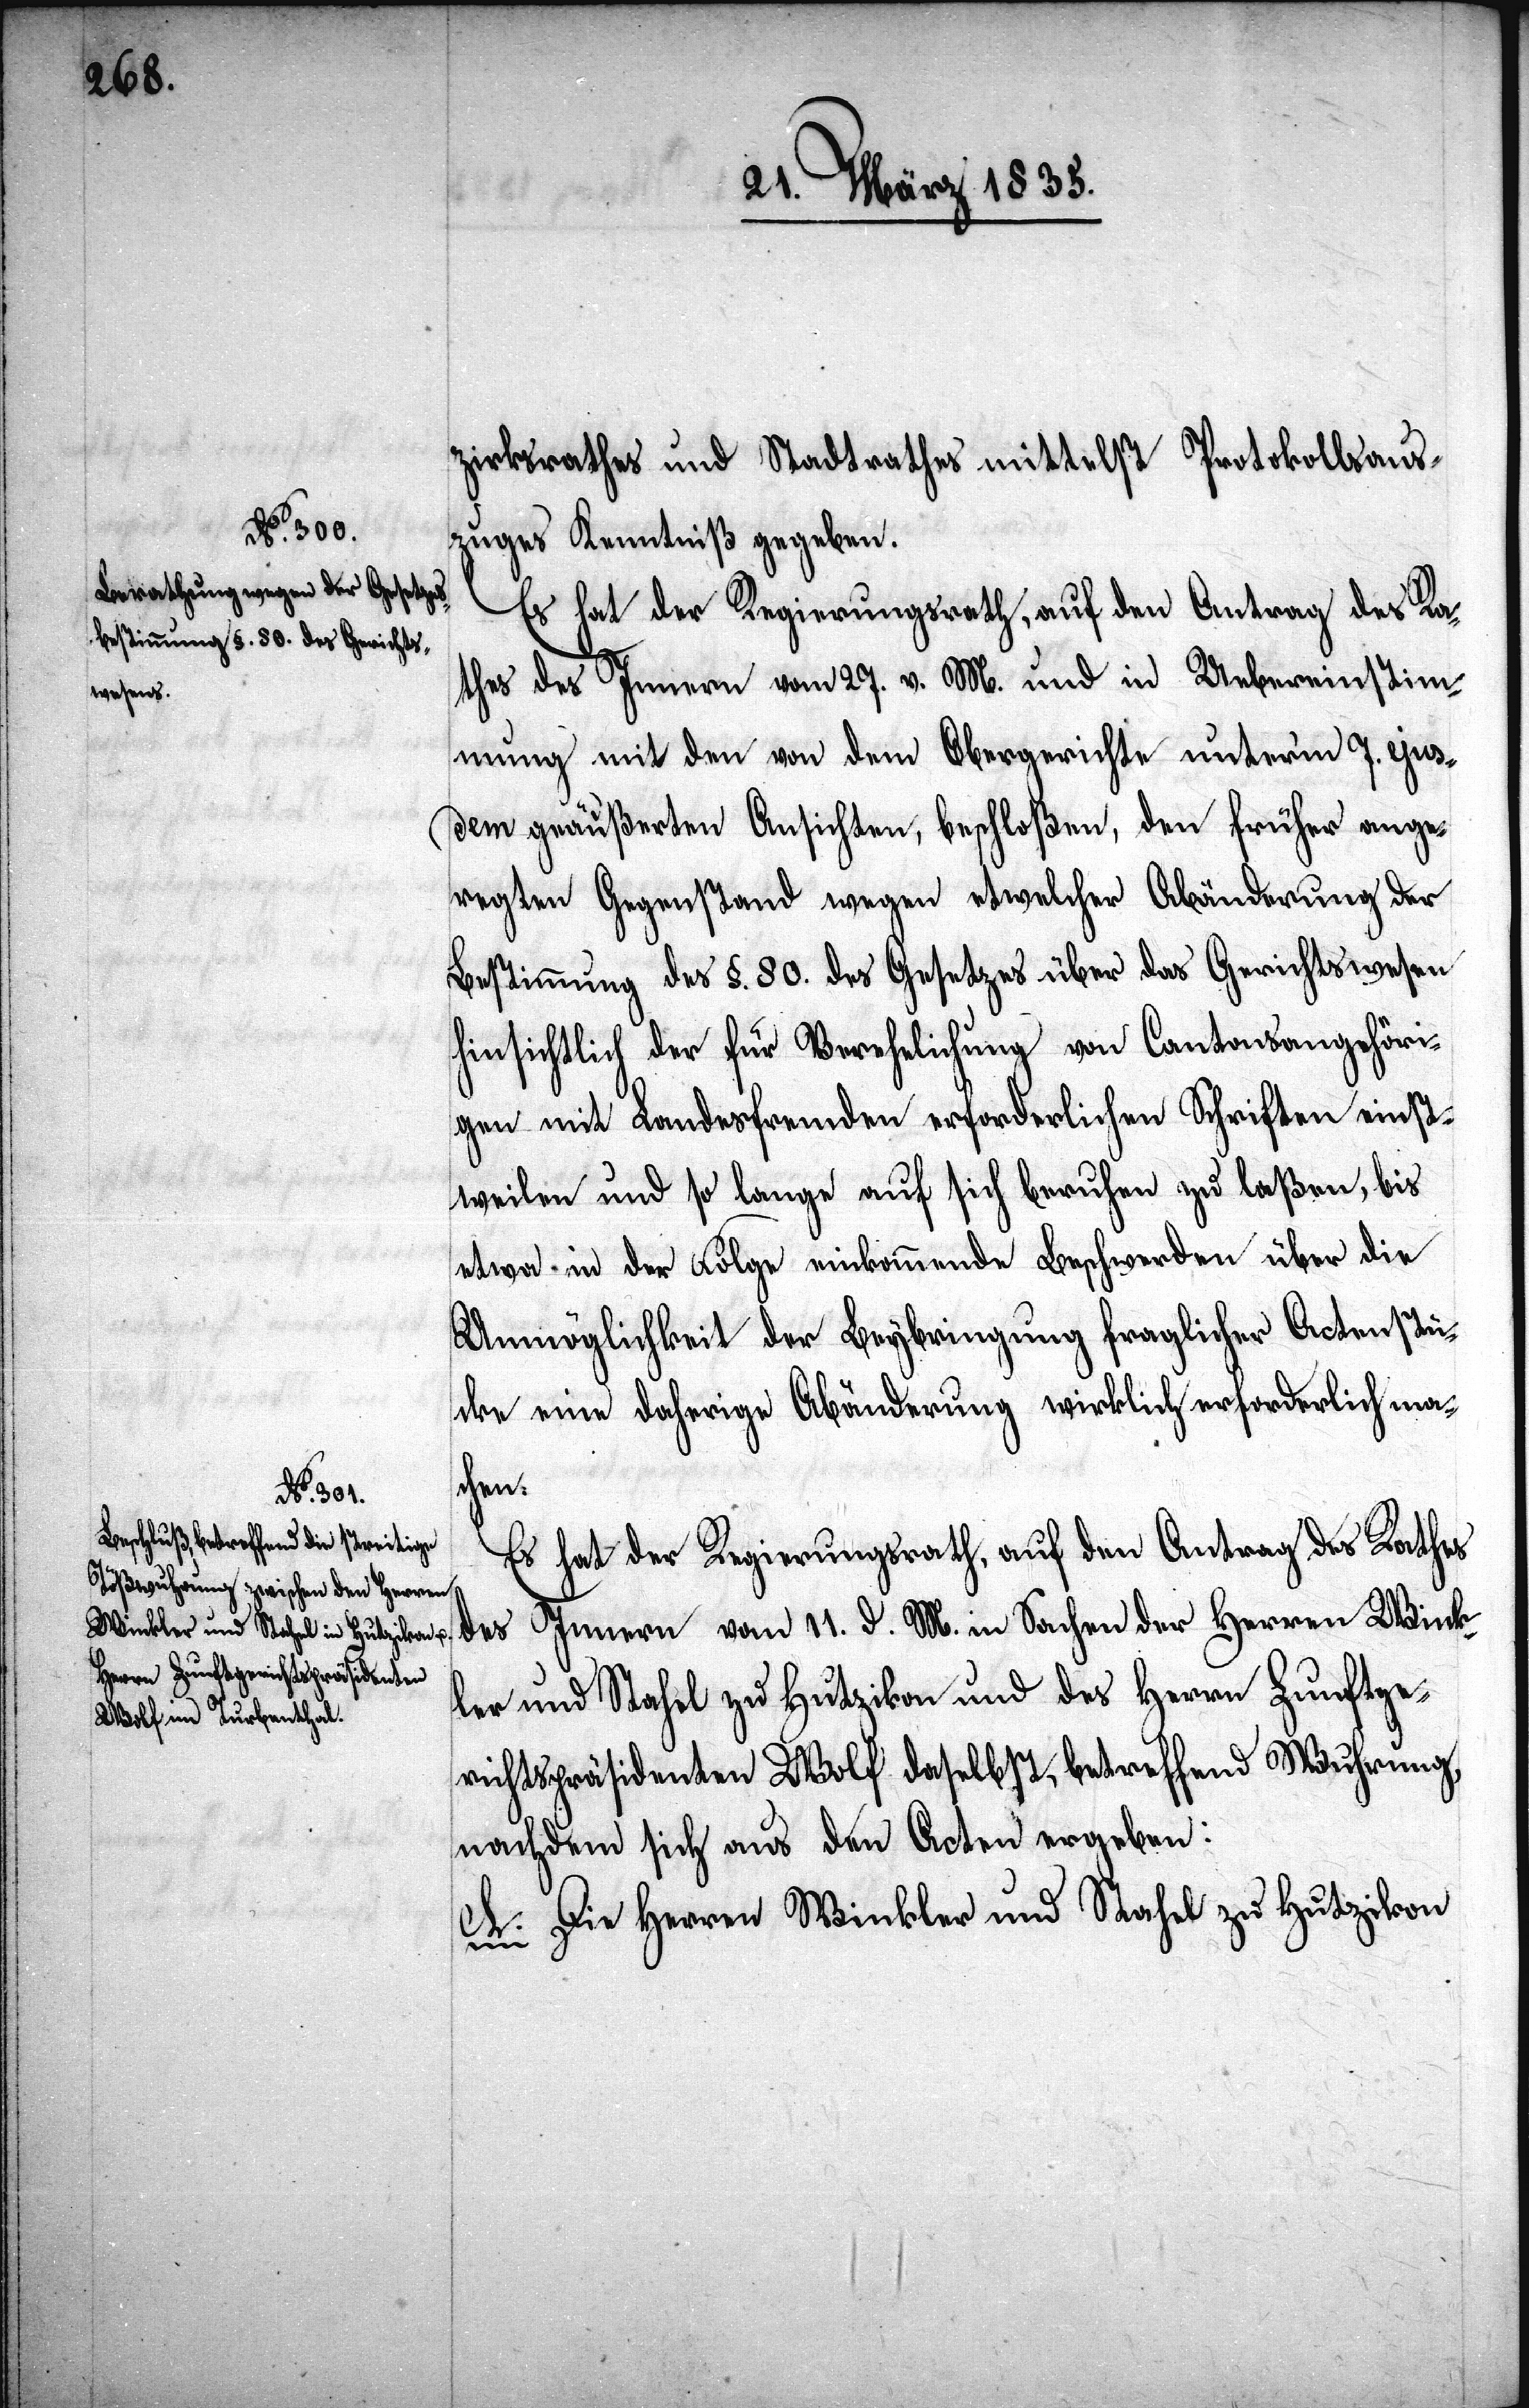
zirksrathes und Stadtrathes mittelst Protokollsaus¬
zuges Kenntniß gegeben.
Es hat der Regierungsrath, auf den Antrag des Ra¬
thes des Innern vom 27. v. M. und in Uebereinstim¬
mung mit den von dem Obergerichte unterm 7. ejus¬
dem geäußerten Ansichten, beschloßen, den früher ange¬
regten Gegenstand wegen etwelcher Abänderung der
Bestimmung des §. 80. des Gesetzes über das Gerichtswesen
hinsichtlich der für Verehelichung von Cantonsangehöri¬
gen mit Landesfremden erforderlichen Schriften eins¬
tweilen und so lange auf sich beruhen zu laßen, bis
etwa in der Folge einkommende Beschwerden über die
Unmöglichkeit der Beybringung fraglicher Actenstü¬
cke eine daherige Abänderung wirklich erforderlich ma¬
chen.
Es hat der Regierungsrath, auf den Antrag des Rathes
des Innern vom 11. d. M. in Sachen der Herren Wink¬
ler und Stahel zu Hutzikon und des Herrn Zunftge¬
richtspräsidenten Wolf daselbst, betreffend Wuhrung
nachdem sich aus den Acten ergeben:
A. Die Herren Winkler und Stahel zu Hutzikon